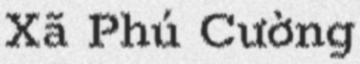
Xã Phú Cường